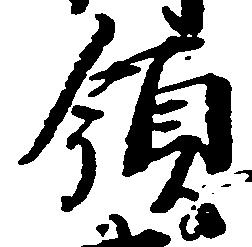
領